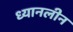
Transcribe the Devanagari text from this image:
ध्यानलीन